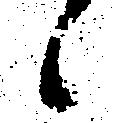
候